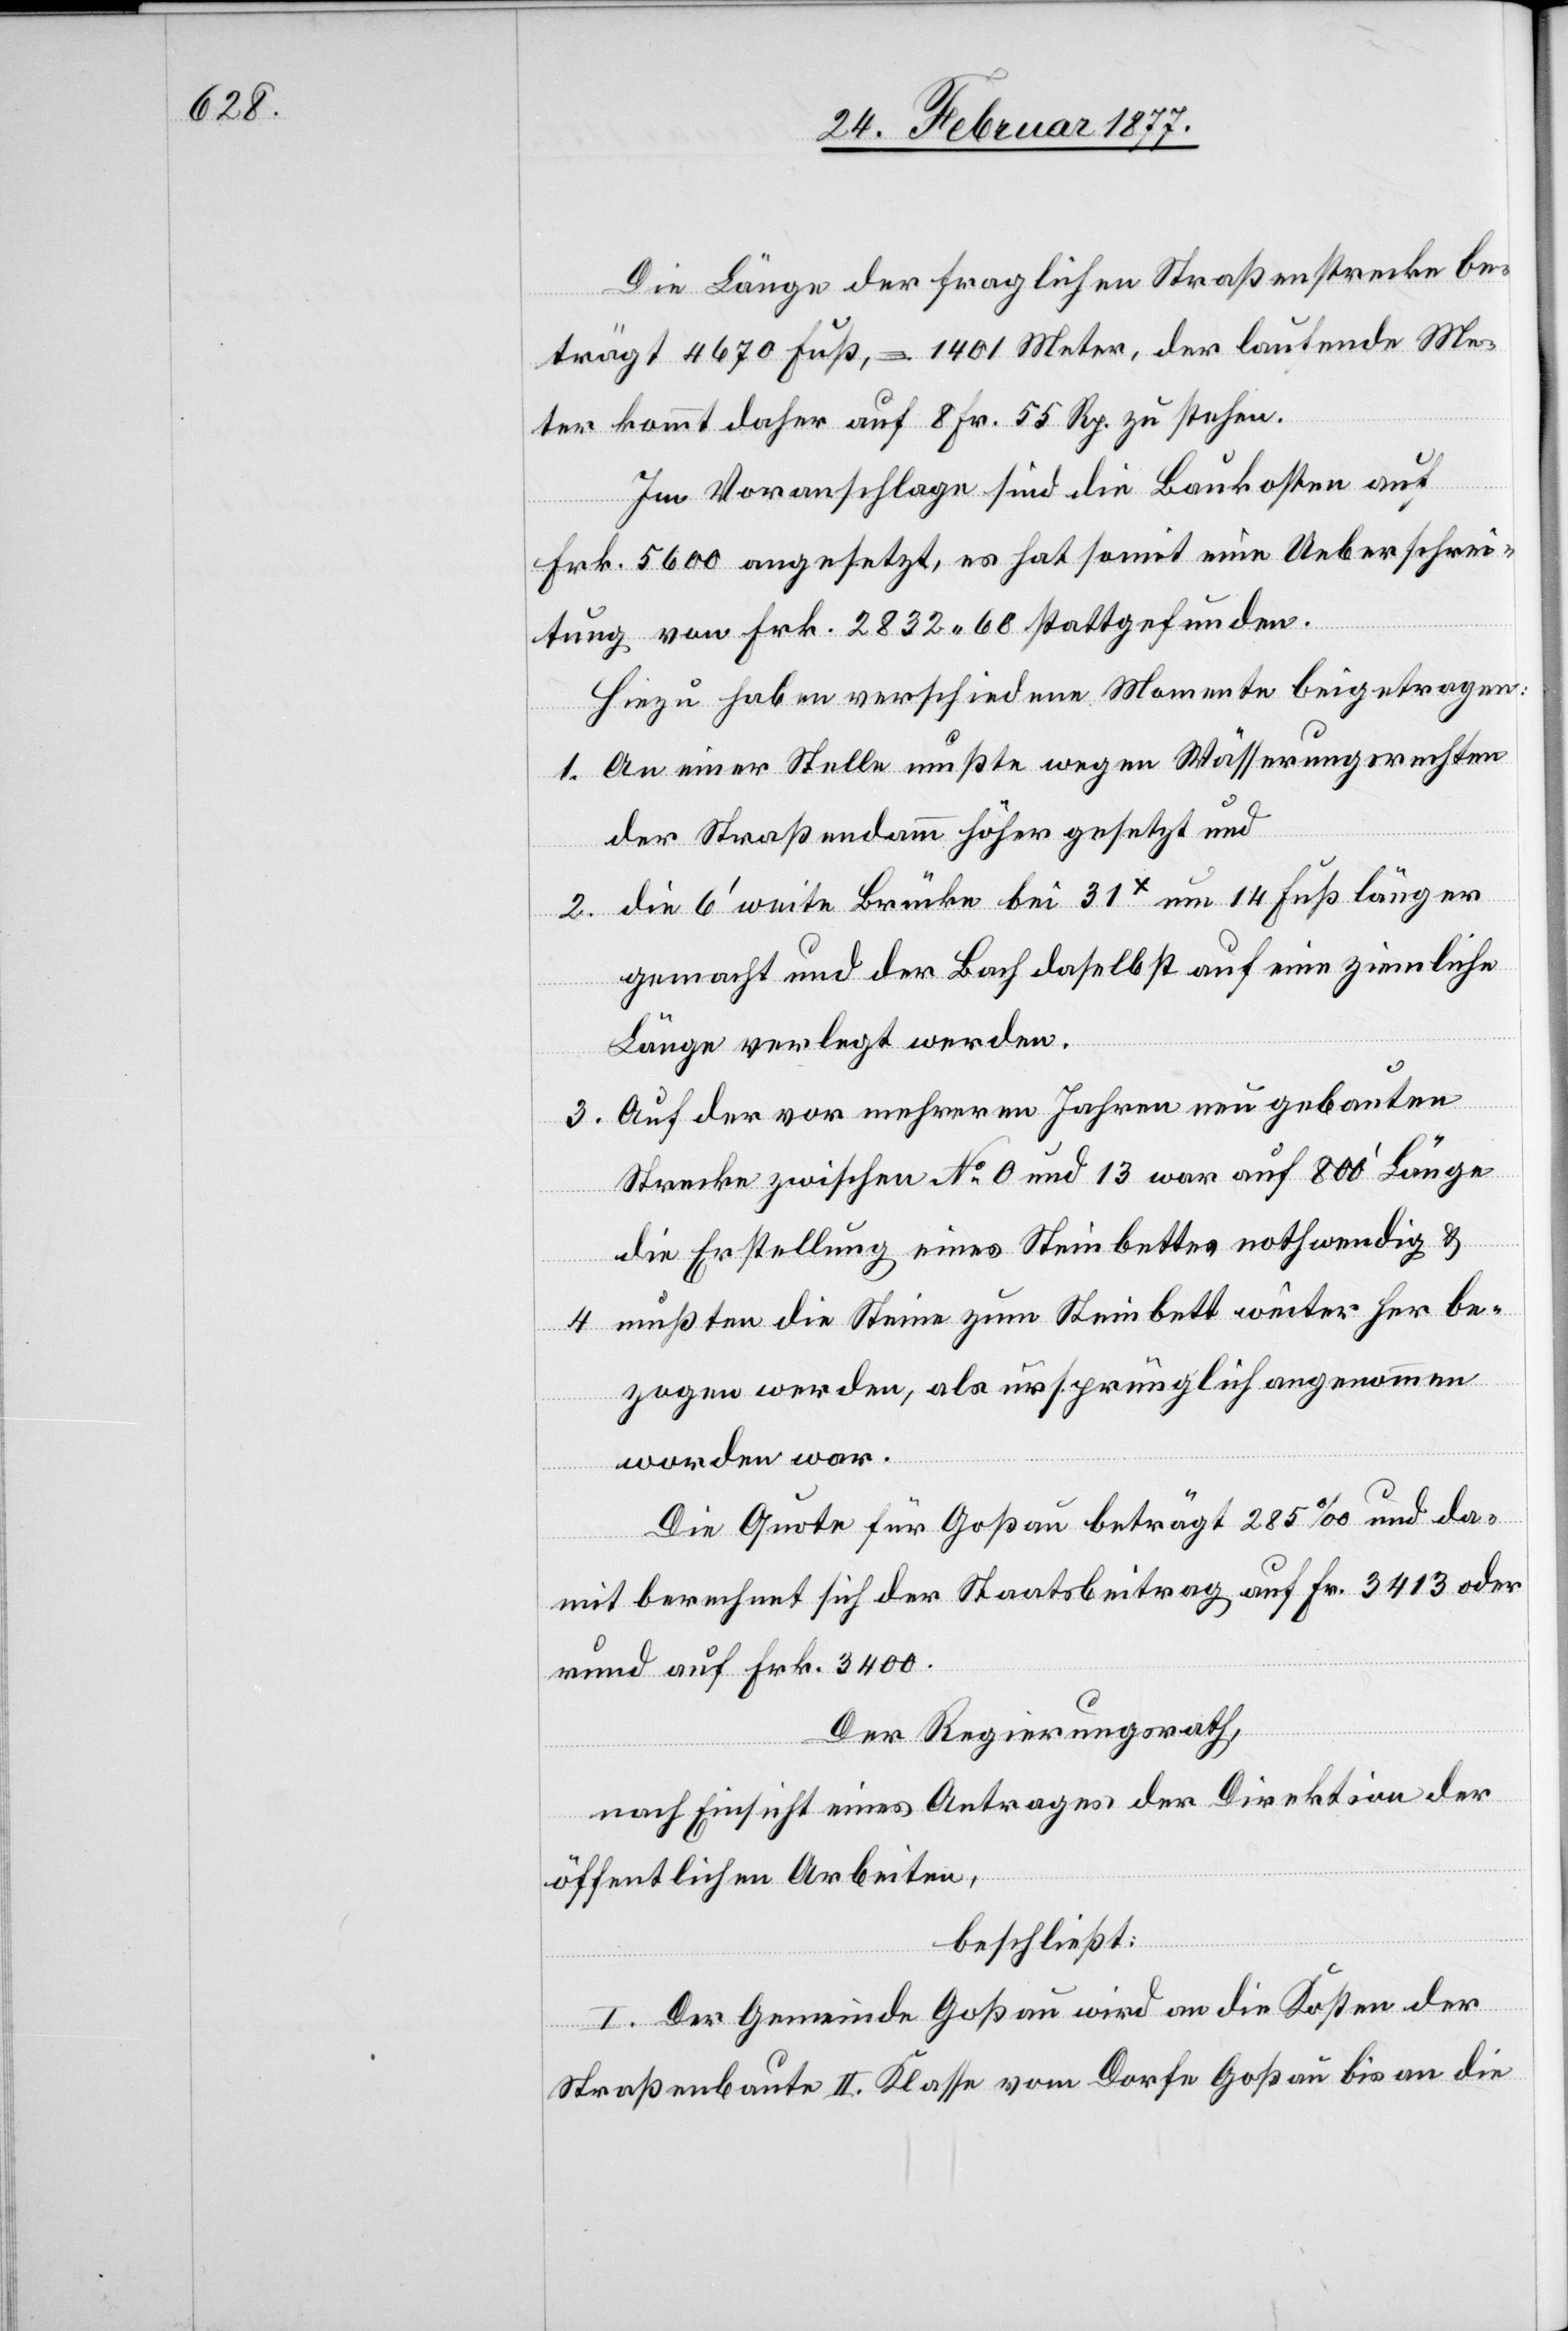
Die Länge der fraglichen Straßenstrecke be¬
trägt 4670 Fuß, = 1401 Meter, der laufende Me¬
ter kommt daher auf 8 Fr. 55 Rp. zu stehen.
Im Voranschlage sind die Baukosten auf
Frk. 5600 angesetzt, es hat somit eine Ueberschrei¬
tung von Frk. 2832.60 stattgefunden.
Hiezu haben verschiedene Momente beigetragen:
1. An einer Stelle mußte wegen Wässerungsrechten
der Straßendamm höher gesetzt und
2. die 6’ weite Brücke bei 31x um 14 Fuß länger
gemacht und der Bach daselbst auf eine ziemliche
Länge verlegt werden.
3. Auf der vor mehreren Jahren neu gebauten
Strecke zwischen No 0 und 13 war auf 800’ Länge
die Erstellung eines Steinbettes nothwendig &
4. mußten die Steine zum Steinbett weiter her be¬
zogen werden, als ursprünglich angenommen
worden war.
Die Quote für Goßau beträgt 285‰ und da¬
mit berechnet sich der Staatsbeitrag auf Fr. 3413 oder
rund auf Frk. 3400.
Der Regierungsrath,
nach Einsicht eines Antrages der Direktion der
öffentlichen Arbeiten,
beschließt:
I. Der Gemeinde Goßau wird an die Kosten der
Straßenbaute II. Klasse vom Dorfe Goßau bis an die